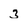
Character: 3